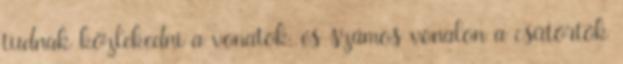
tudnak közlekedni a vonatok, és számos vonalon a csütörtök